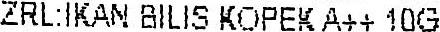
ZRL:IKAN BILIS KOPEK A++ 10G